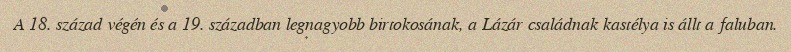
A 18. század végén és a 19. században legnagyobb birtokosának, a Lázár családnak kastélya is állt a faluban.